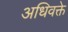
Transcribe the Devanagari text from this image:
अधिवक्ते